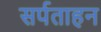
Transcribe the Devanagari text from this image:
सर्पताहन